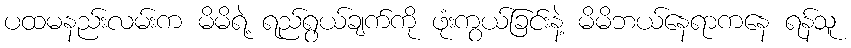
ပထမနည်းလမ်းက မိမိရဲ့ ရည်ရွယ်ချက်ကို ဖုံးကွယ်ခြင်းနဲ့ မိမိဘယ်နေရာကနေ ရန်သူ